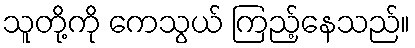
သူတို့ကို ကေသွယ် ကြည့်နေသည်။